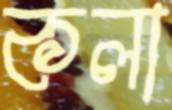
কলা